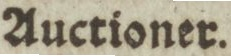
Auctioner.